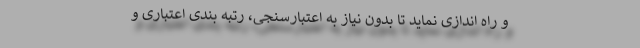
و راه اندازی نماید تا بدون نیاز به اعتبارسنجی، رتبه بندی اعتباری و